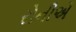
રોનીએ